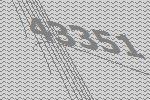
43351